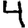
Digit: 4